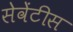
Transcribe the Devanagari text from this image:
सेवेंटीस